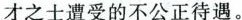
才之士遭受的不公正待遇。